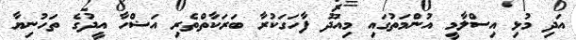
އަދި މުޅި އިސްލާމީ އުންމަތުގައި މިއަދު ފާހަގަކުރާ ބަރަކާތްތެރި އަޟްހާ އީދުގެ ތަހުނިޔާ